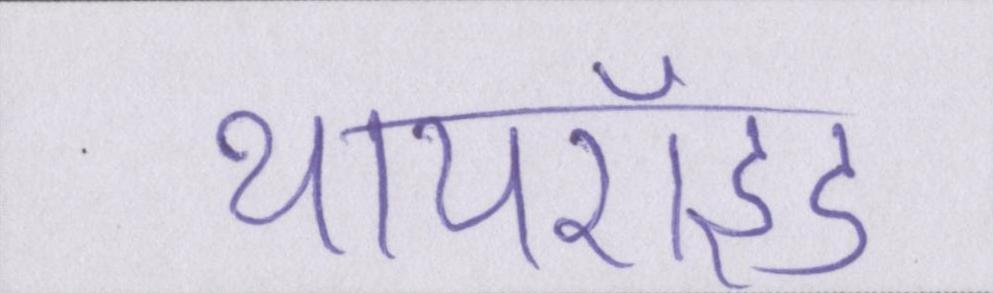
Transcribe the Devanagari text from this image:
थायरॉइड